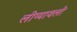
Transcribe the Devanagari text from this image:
लीप्यावली